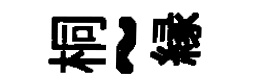
桐~縁